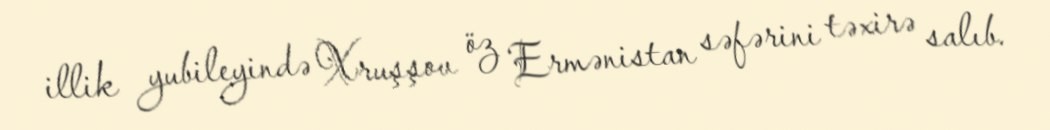
illik yubileyində Xruşşov öz Ermənistan səfərini təxirə salıb.